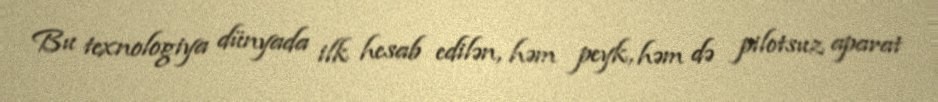
Bu texnologiya dünyada ilk hesab edilən, həm peyk, həm də pilotsuz aparat